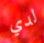
لدي